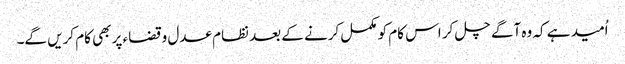
اُمید ہے کہ وہ آگے چل کر اس کام کو مکمل کرنے کے بعد نظام عدل وقضاء پر بھی کام کریں گے۔